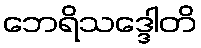
ဘေရိသဒ္ဒေါတိ